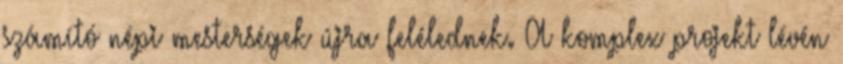
számító népi mesterségek újra felélednek. A komplex projekt lévén